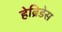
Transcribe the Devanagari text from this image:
हेब्रिडेस